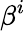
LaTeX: \beta^{i}